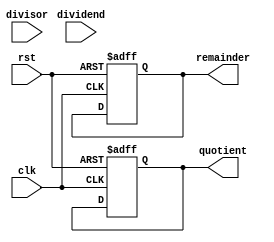
module PipelinedDivider (
    input wire clk,
    input wire rst,
    input wire [31:0] dividend,
    input wire [31:0] divisor,
    output reg [31:0] quotient,
    output reg [31:0] remainder
);

reg [31:0] sub_result;
reg [31:0] norm_result;
reg [31:0] quotient_temp;
reg [31:0] remainder_temp;

reg [1:0] stage;

always @(posedge clk or posedge rst)
begin
    if(rst)
    begin
        sub_result <= 0;
        norm_result <= 0;
        quotient_temp <= 0;
        remainder_temp <= 0;
        stage <= 0;
        quotient <= 0;
        remainder <= 0;
    end
    else
    begin
        case (stage)
            0:  begin // Subtraction stage
                    sub_result <= dividend - (divisor << 1);
                    stage <= 1;
                end
            
            1:  begin // Normalization stage
                    if(sub_result[31] == 1)
                        sub_result <= sub_result + divisor;
                    
                    norm_result <= sub_result;
                    stage <= 2;
                end
            
            2:  begin // Quotient computation stage
                    quotient_temp <= quotient_temp + 1;
                    
                    if(norm_result >= divisor)
                        stage <= 3;
                    else
                        stage <= 2;
                end
            
            3:  begin // Remainder computation stage
                    remainder_temp <= norm_result - divisor;
                    stage <= 4;
                end
                
            4:  begin // Final stage
                    quotient <= quotient_temp;
                    remainder <= remainder_temp;
                    stage <= 0;
                end
        endcase
    end
end

endmodule